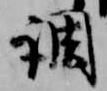
調